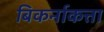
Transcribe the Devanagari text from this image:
बिकर्नाकत्ता